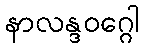
နာလန္ဒဝဂ္ဂေါ